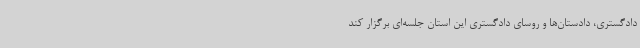
دادگستری، دادستان‌ها و روسای دادگستری این استان جلسه‌ای برگزار کند